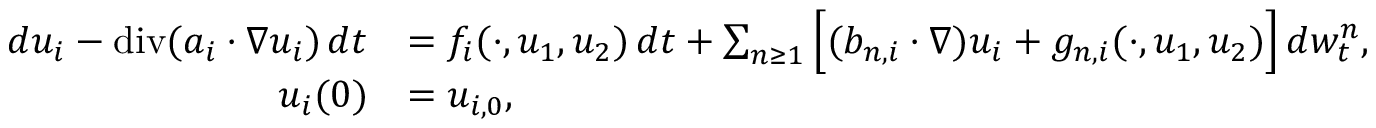
\begin{array} { r l } { d u _ { i } - \normalfont { \mathrm { d i v } } ( a _ { i } \cdot \nabla u _ { i } ) \, d t } & { = f _ { i } ( \cdot , u _ { 1 } , u _ { 2 } ) \, d t + \sum _ { n \geq 1 } \Big [ ( b _ { n , i } \cdot \nabla ) u _ { i } + g _ { n , i } ( \cdot , u _ { 1 } , u _ { 2 } ) \Big ] \, d w _ { t } ^ { n } , } \\ { u _ { i } ( 0 ) } & { = u _ { i , 0 } , } \end{array}